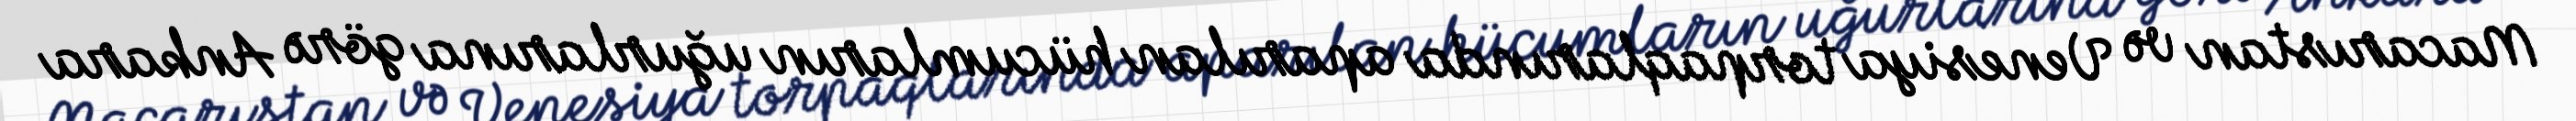
Macarıstan və Venesiya torpaqlarında aparılan hücumların uğurlarına görə Ankara